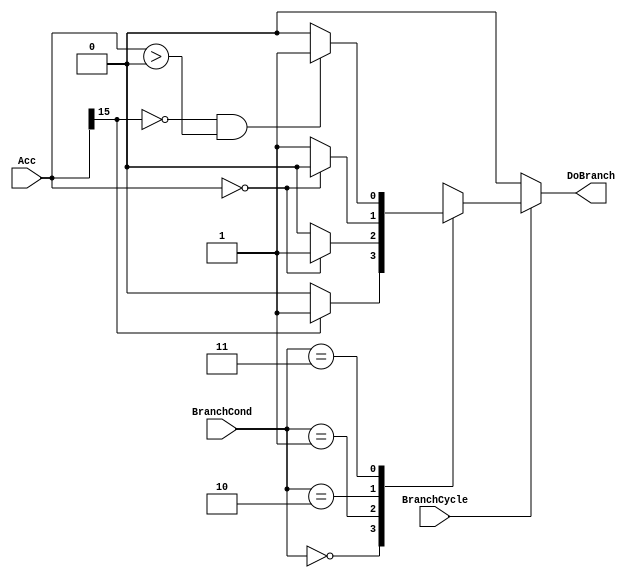
`timescale 1ns / 1ps
//////////////////////////////////////////////////////////////////////////////////
// Company: 
// Engineer: 
// 
// Design Name: 
// Module Name:    BLU 
// Project Name: 
// Target Devices: 
// Tool versions: 
// Description: 
//
// Dependencies: 
//
// Revision: 
// Revision 0.01 - File Created
// Additional Comments: 
//
//////////////////////////////////////////////////////////////////////////////////
module BLU(
    input [15:0] Acc,
    input BranchCycle,
    input [1:0] BranchCond,
    output reg DoBranch
    );

	always @ (Acc or BranchCycle or BranchCond) begin
		if (BranchCycle == 1) begin
			case(BranchCond)
				2'b00 :	begin //bin
								if (Acc[15] == 1) begin
									DoBranch <= 1;
								end else begin
									DoBranch <= 0;
								end
							end
				2'b01 :  begin //bifz
								if (Acc == 0) begin
									DoBranch <= 1;
								end else begin
									DoBranch <= 0;
								end
							end
				2'b10 :	begin //binz
								if(Acc == 0) begin
									DoBranch <= 0;
								end else begin
									DoBranch <= 1;
								end
							end
				2'b11 : 	begin //bip
								if(Acc[15] == 0 && Acc > 0) begin
									DoBranch <= 1;
								end else begin
									DoBranch <= 0;
								end
							end
			endcase
		end else begin
			DoBranch <= 0;
		end
	end

endmodule